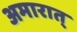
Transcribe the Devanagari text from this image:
अमारात्